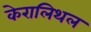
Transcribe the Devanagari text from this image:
केरालिथल